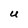
Character: U